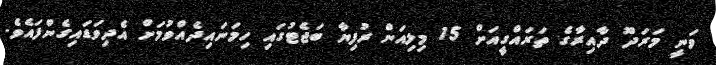
ވަނީ މަރަދޫ ދާއިރާގެ ތަރައްގީއަށް 15 މިލިއަން ރުފިޔާ ބަޖެޓުގައި ހިމަނައިދެއްވުމަށް އެދިވަޑައިގެންފައެވެ.